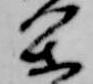
閑